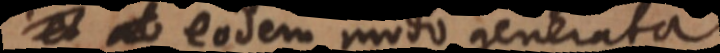
seu eodem modo generata